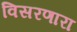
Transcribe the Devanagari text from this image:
विसरणारा